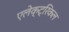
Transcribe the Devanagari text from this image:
एलेक्ट्रिकल